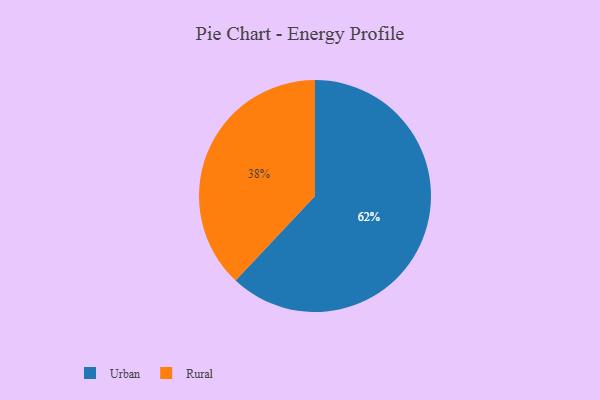
{"axis": {"x": "Category", "y": "Percentage"}, "legend": ["Rural", "Urban"], "data": [{"x": "Urban", "y": 62, "type": "Urban"}, {"x": "Rural", "y": 38, "type": "Rural"}]}